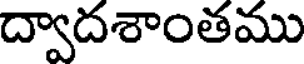
ద్వాదశాంతము